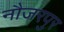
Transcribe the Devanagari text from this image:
नौजरपुर